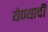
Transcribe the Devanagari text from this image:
येण्‍याची